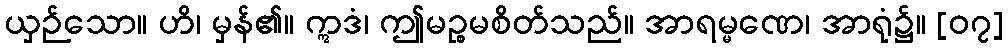
ယှဉ်သော။ ဟိ၊ မှန်၏။ ဣဒံ၊ ဤမဉ္စမစိတ်သည်။ အာရမ္မဏေ၊ အာရုံ၌။ [၀၇]